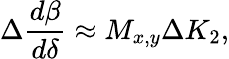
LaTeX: \Delta\frac{d\beta}{d\delta}\approx M_{x,y}\Delta K_{2},